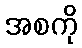
အစကို